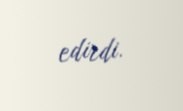
edirdi.